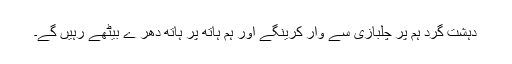
دہشت گرد ہم پر چلبازی سے وار کرینگے اور ہم ہاتھ پر ہاتھ دھر ے بیٹھے رہیں گے۔